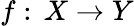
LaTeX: f:\, X\to Y